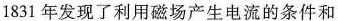
1831 年发现了利用磁场产生电流的条件和